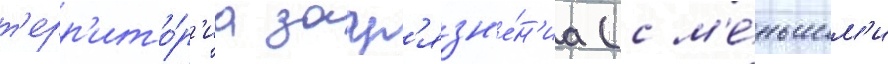
т'ерр'ито́р'иа загр'язн'е́н'иа (с м'е́ньшим'и